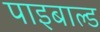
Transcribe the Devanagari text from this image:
पाइबाल्ड